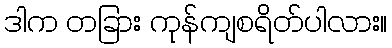
ဒါက တခြား ကုန်ကျစရိတ်ပါလား။